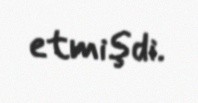
etmişdi.